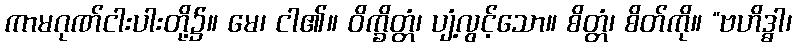
ကာမဂုဏ်ငါးပါးတို့၌။ မေ၊ ငါ၏။ ဝိက္ခိတ္တံ၊ ပျံ့လွင့်သော။ စိတ္တံ၊ စိတ်ကို။ “ဗဟိဒ္ဓါ၊